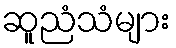
ဆူညံသံများ